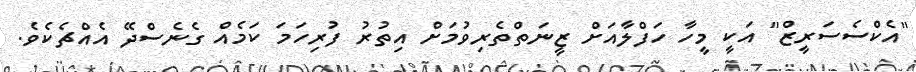
"އެކްސެސަރީޒް" އަކީ މީހާ ހަފްލާއަށް ޒީނަތްތެރިވުމަށް އިތުރު ފުރިހަމަ ކަމެއް ގެނެސްދޭ އެއްޗެކެވެ.